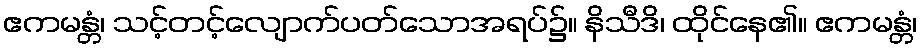
ဧကမန္တံ၊ သင့်တင့်လျောက်ပတ်သောအရပ်၌။ နိသီဒိ၊ ထိုင်နေ၏။ ဧကမန္တံ၊